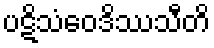
ပဋိသံဝေဒိဿသီတိ